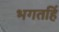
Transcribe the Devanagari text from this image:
भगतहिं